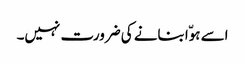
اسے ہوّا بنانے کی ضرورت نہیں۔